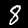
Digit: 8